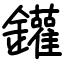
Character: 鑵